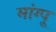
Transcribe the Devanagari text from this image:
मांग्पू